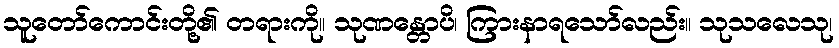
သူတော်ကောင်းတို့၏ တရားကို။ သုဏန္တောပိ၊ ကြားနာရသော်လည်း။ သုသလေသု၊